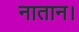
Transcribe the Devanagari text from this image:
नातान।